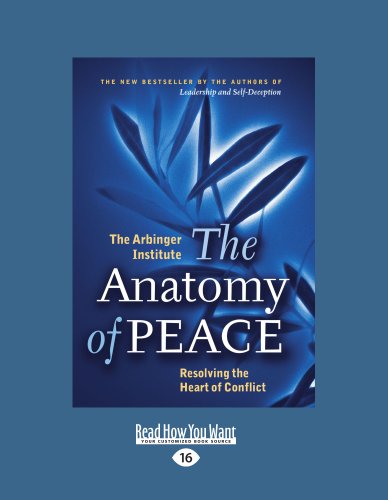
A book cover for The Anatomy of PEACE; The Arbinger Institute; Parenting & Relationships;